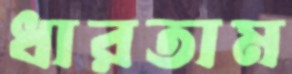
ধারতাম